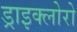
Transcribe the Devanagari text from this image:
ड्राइक्लोरो